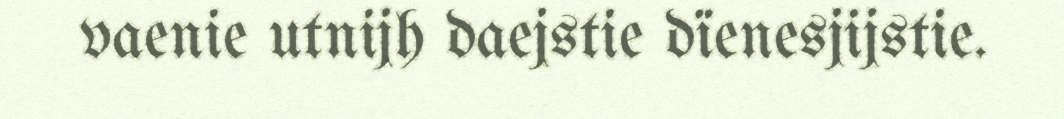
vaenie utnijh daejstie dïenesjijstie.